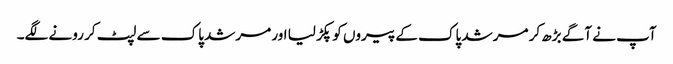
آپ نے آگے بڑھ کر مرشد پاک کے پیروں کو پکڑ لیا اور مرشد پاک سے لپٹ کر رونے لگے۔